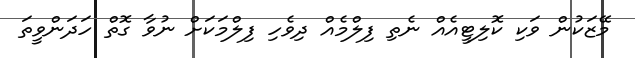
މޭޒަކުން ވަކި ކޮލިޓީއެއް ނެތި ފިލްމެއް ދިވެހި ފިލްމަކަށް ނުވާ ގޮތް ހަދަންވީތަ